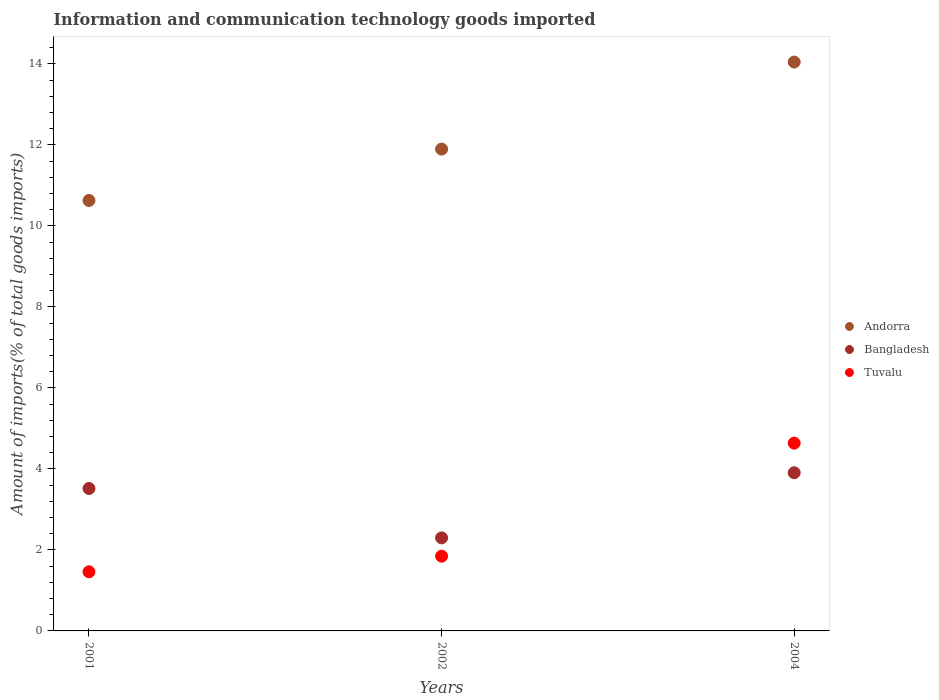
| Years | Andorra | Bangladesh | Tuvalu |
 | --- | --- | --- | --- |
 | 2001 | 10.6 | 3.52 | 1.46 |
 | 2002 | 11.9 | 2.3 | 1.85 |
 | 2004 | 14 | 3.91 | 4.64 |